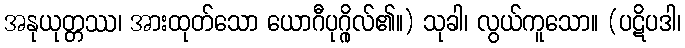
အနုယုတ္တဿ၊ အားထုတ်သော ယောဂီပုဂ္ဂိုလ်၏။) သုခါ၊ လွယ်ကူသော။ (ပဋိပဒါ၊